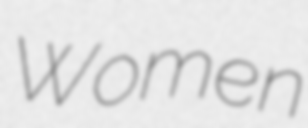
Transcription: Women